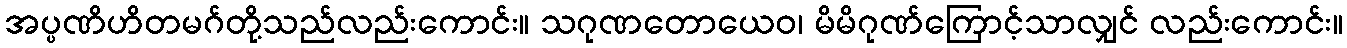
အပ္ပဏိဟိတမဂ်တို့သည်လည်းကောင်း။ သဂုဏတောယေဝ၊ မိမိဂုဏ်ကြောင့်သာလျှင် လည်းကောင်း။